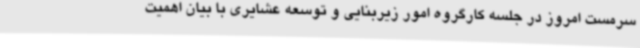
سرمست امروز در جلسه کارگروه امور زیربنایی و توسعه عشایری با بیان اهمیت